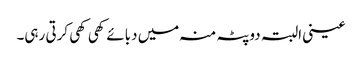
عینی البتہ دوپٹہ منہ میں دبائے کھی کھی کرتی رہی۔